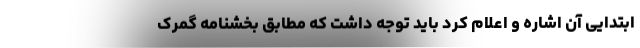
ابتدایی آن اشاره و اعلام کرد باید توجه داشت که مطابق بخشنامه گمرک